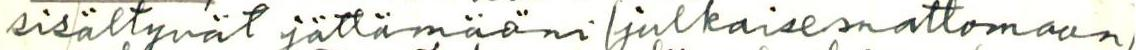
sisältyvät jättämääni (julkaisemattomaan)